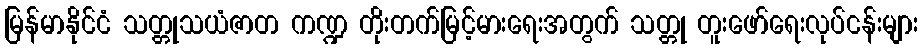
မြန်မာနိုင်ငံ သတ္တုသယံဇာတ ကဏ္ဍ တိုးတက်မြင့်မားရေးအတွက် သတ္တု တူးဖော်ရေးလုပ်ငန်းများ